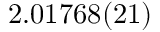
2 . 0 1 7 6 8 ( 2 1 )